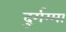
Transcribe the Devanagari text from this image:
दुर्गम्मा